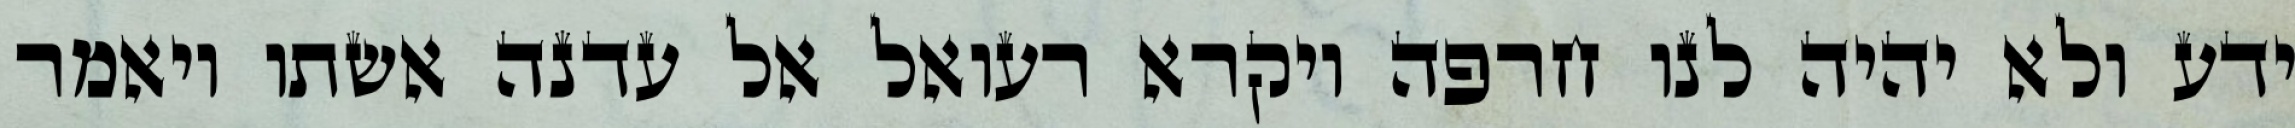
ידע ולא יהיה לנו חרפה ויקרא רעואל אל עדנה אשתו ויאמר